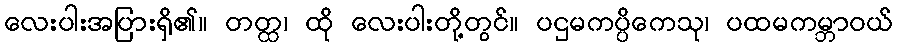
လေးပါးအပြားရှိ၏။ တတ္ထ၊ ထို လေးပါးတို့တွင်။ ပဌမကပ္ပိကေသု၊ ပထမကမ္ဘာဝယ်